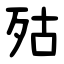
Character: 㱠